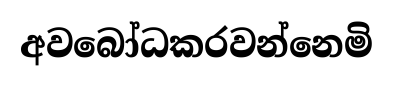
අවබෝධකරවන්නෙමි